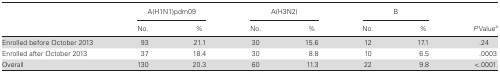
|  | <COLSPAN=2> A(H1N1)pdm09 | <COLSPAN=2> A(H3N2) | <COLSPAN=2> B |  |
 |  | No. | % | No. | % | No. | % | P Valuea |
 | --- | --- | --- | --- | --- | --- | --- | --- |
 | Enrolled before October 2013 | 93 | 21.1 | 30 | 15.6 | 12 | 17.1 | .24 |
 | Enrolled after October 2013 | 37 | 18.4 | 30 | 8.8 | 10 | 6.5 | .0003 |
 | Overall | 130 | 20.3 | 60 | 11.3 | 22 | 9.8 | <.0001 |